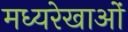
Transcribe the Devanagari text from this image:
मध्यरेखाओं